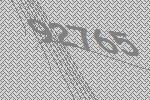
92765